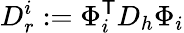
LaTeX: D_{r}^{i}:=\Phi_{i}^{\mathsf{T}}D_{h}\Phi_{i}